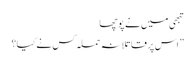
تبھی میں نے پوچھا
” اس پر قاتلانہ حملہ کس نے کیا؟